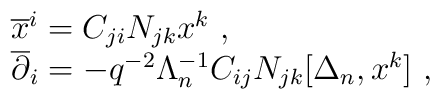
\begin{array}{l}{\overline x^i}=C_{ji}N_{jk}x^k~,\\{\overline \partial_i}=-q^{-2}\Lambda_{n}^{-1}C_{ij}N_{jk}[\Delta_n,x^k]~,\end{array}